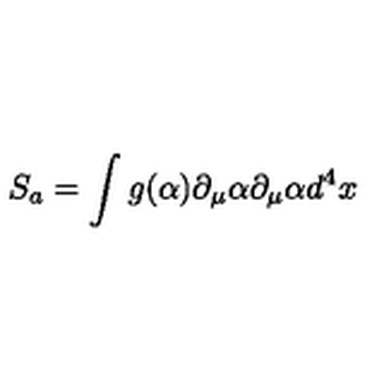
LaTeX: S _ { a } = \int g ( \alpha ) \partial _ { \mu } \alpha \partial _ { \mu } \alpha d ^ { 4 } x